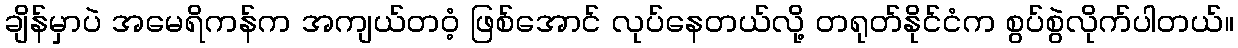
ချိန်မှာပဲ အမေရိကန်က အကျယ်တဝံ့ ဖြစ်အောင် လုပ်နေတယ်လို့ တရုတ်နိုင်ငံက စွပ်စွဲလိုက်ပါတယ်။